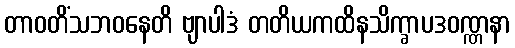
တာဝတိံသဘဝနေတိ ဗျာပါဒံ တတိယကထိနသိက္ခာပဒဝဏ္ဏနာ